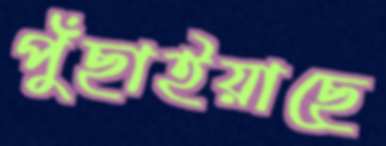
পুঁছাইয়াছে